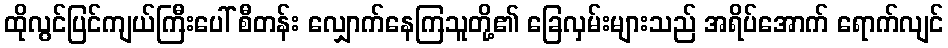
ထိုလွင်ပြင်ကျယ်ကြီးပေါ် စီတန်း လျှောက်နေကြသူတို့၏ ခြေလှမ်းများသည် အရိပ်အောက် ရောက်လျင်